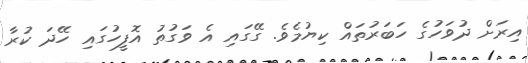
އިރަށް ދުވަހުގެ ހަބަރުތައް ކިޔުމެވެ. ގޭގައި އެ ވަގުތު އޮފީހުގައި ހޭދަ ކުރާ